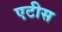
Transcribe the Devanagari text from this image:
एटीस